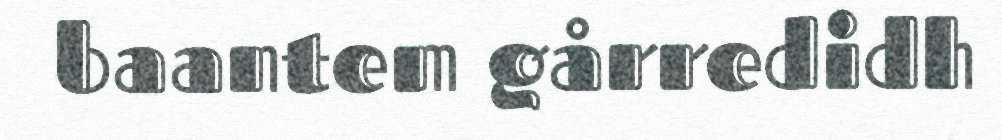
baantem gårredidh